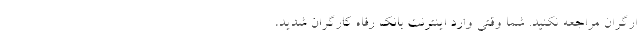
ارگران مراجعه نکنید. شما وقتی وارد اینترنت بانک رفاه کارگران شدید،